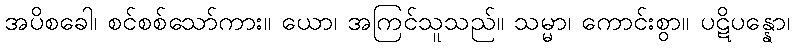
အပိစခေါ၊ စင်စစ်သော်ကား။ ယော၊ အကြင်သူသည်။ သမ္မာ၊ ကောင်းစွာ။ ပဋိပန္နော၊